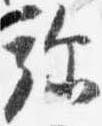
弥